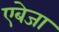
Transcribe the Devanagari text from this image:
एबेजा